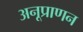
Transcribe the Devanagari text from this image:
अनूप्राणन